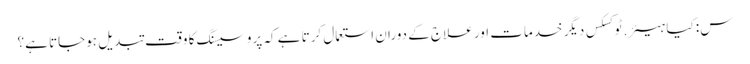
س: کیا ہیئر.ٹوکسکس دیگر خدمات اور علاج کے دوران استعمال کرتا ہے کہ پروسیسنگ کا وقت تبدیل ہوجاتا ہے؟